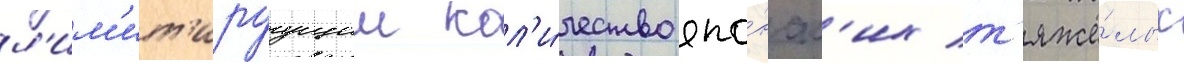
л'им'ит'ируущии кол'и́чество япо́нск'их т'яжё́лых